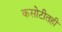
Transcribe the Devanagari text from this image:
कसोटीतही